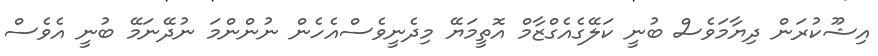
އިޝޫކުރަން ދިޔާމަވެސް ބުނީ ކަލޭގެއެގްޒާމް އޮތީމަޔޭ މިދެނީވެސްއެހެން ނުންންމަ ނުދޭނަމޭ ބުނީ އެވެސް